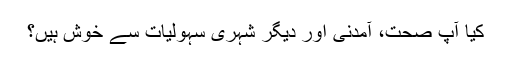
کیا آپ صحت، آمدنی اور دیگر شہری سہولیات سے خوش ہیں؟